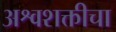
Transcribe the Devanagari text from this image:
अश्वशक्तीचा